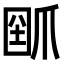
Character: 𤔗